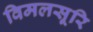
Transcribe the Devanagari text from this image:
विमलसूरि